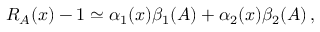
R _ { A } ( x ) - 1 \simeq \alpha _ { 1 } ( x ) \beta _ { 1 } ( A ) + \alpha _ { 2 } ( x ) \beta _ { 2 } ( A ) \, ,